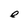
Character: e